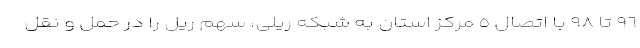
٩٦ تا ٩٨ با اتصال ٥ مرکز استان به شبکه ریلی، سهم ریل را در حمل و نقل